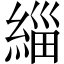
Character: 緇